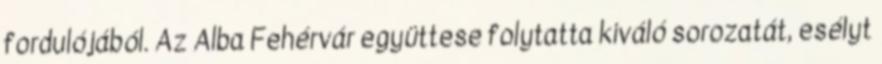
fordulójából. Az Alba Fehérvár együttese folytatta kiváló sorozatát, esélyt